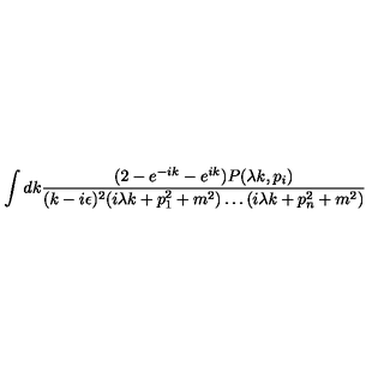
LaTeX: \int d k \frac { ( 2 - e ^ { - i k } - e ^ { i k } ) P ( \lambda k , p _ { i } ) } { ( k - i \epsilon ) ^ { 2 } ( i \lambda k + p _ { 1 } ^ { 2 } + m ^ { 2 } ) \ldots ( i \lambda k + p _ { n } ^ { 2 } + m ^ { 2 } ) }